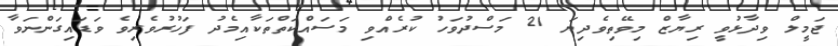
ޖަމީލް ވިދާޅުވީ ރިޔާޒް މިވޭތިވެދިޔަ 21 މަސްދުވަހު ކުރެއްވި މަސައްކަތްތަކާއިމެދު ފަހުރުވެރިވެ ވަޑައިގަންނަވާ